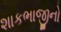
શાકભાજીનો